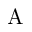
\mathrm { A }